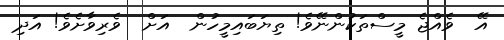
އޭ  ވެއްޖެ މީސްތަކުންނޭވެ! ތިޔަބައިމީހުން  އަށް  ވެރިވާށެވެ! އަދި